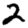
Digit: 2